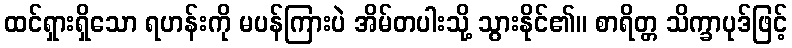
ထင်ရှားရှိသော ရဟန်းကို မပန်ကြားပဲ အိမ်တပါးသို့ သွားနိုင်၏။ စာရိတ္တ သိက္ခာပုဒ်ဖြင့်